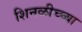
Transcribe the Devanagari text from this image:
शिनळीच्च्या